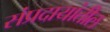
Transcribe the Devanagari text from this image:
संप्रदायांतील